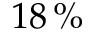
1 8 \, \%